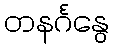
တနင်္ဂနွေ